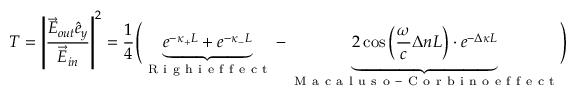
T = \left| \frac { \vec { E } _ { o u t } \hat { e } _ { y } } { \vec { E } _ { i n } } \right| ^ { 2 } = \frac { 1 } { 4 } \Biggl ( \underbrace { e ^ { - \kappa _ { + } L } + e ^ { - \kappa _ { - } L } } _ { \mathrm { ~ R ~ i ~ g ~ h ~ i ~ e ~ f ~ f ~ e ~ c ~ t ~ } } - \underbrace { 2 \cos \left( \frac { \omega } { c } \Delta n L \right) \cdot e ^ { - \Delta \kappa L } } _ { \mathrm { ~ M ~ a ~ c ~ a ~ l ~ u ~ s ~ o ~ - ~ C ~ o ~ r ~ b ~ i ~ n ~ o ~ e ~ f ~ f ~ e ~ c ~ t ~ } } \Biggr )